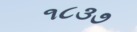
૧૮૩૭